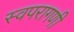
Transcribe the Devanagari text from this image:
स्वपरागणी